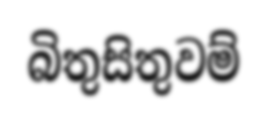
බිතුසිතුවම්